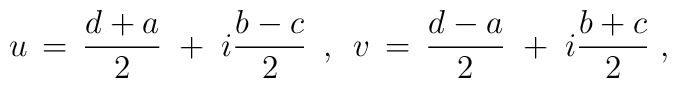
u \,=\, \frac{d+a}{2}\;+\; i\frac{b-c}{2} \hspace{.2cm},\hspace{.2cm}v \,=\, \frac{d-a}{2}\;+\; i\frac{b+c}{2} \; ,